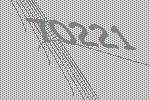
70221